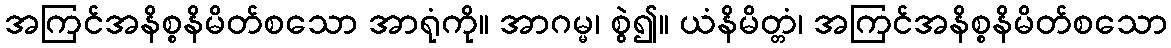
အကြင်အနိစ္စနိမိတ်စသော အာရုံကို။ အာဂမ္မ၊ စွဲ၍။ ယံနိမိတ္တံ၊ အကြင်အနိစ္စနိမိတ်စသော